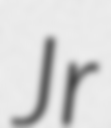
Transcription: Jr